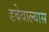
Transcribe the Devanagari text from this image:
डबेवाल्यास